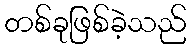
တစ်ခုဖြစ်ခဲ့သည်